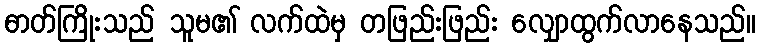
ဓာတ်ကြိုးသည် သူမ၏ လက်ထဲမှ တဖြည်းဖြည်း လျှောထွက်လာနေသည်။